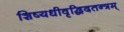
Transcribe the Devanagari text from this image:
शिष्यधीवृद्धिदतन्त्रम्